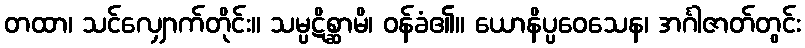
တထာ၊ သင်လျှောက်တိုင်း။ သမ္ပဋိစ္ဆာမိ၊ ဝန်ခံ၏။ ယောနိပ္ပဝေသေန၊ အင်္ဂါဇာတ်တွင်း